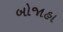
બોજાહા